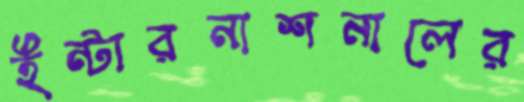
ইন্টারনাশনালের